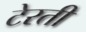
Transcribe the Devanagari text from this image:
टेरती